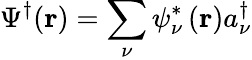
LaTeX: \Psi^{\dagger}(\mathbf{r})=\sum_{\nu}\psi_{\nu}^{*}\left(\mathbf{r}\right)a_{\nu}^{\dagger}